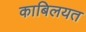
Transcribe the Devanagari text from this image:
काबिलयत